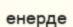
енерде